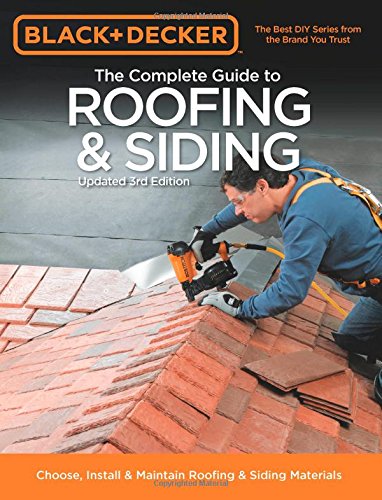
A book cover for Black & Decker The Complete Guide to Roofing & Siding: Updated 3rd Edition - Choose, Install & Maintain Roofing & Siding Materials (Black & Decker Complete Guide); Editors of Creative Publishing; Crafts, Hobbies & Home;